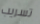
تسريب